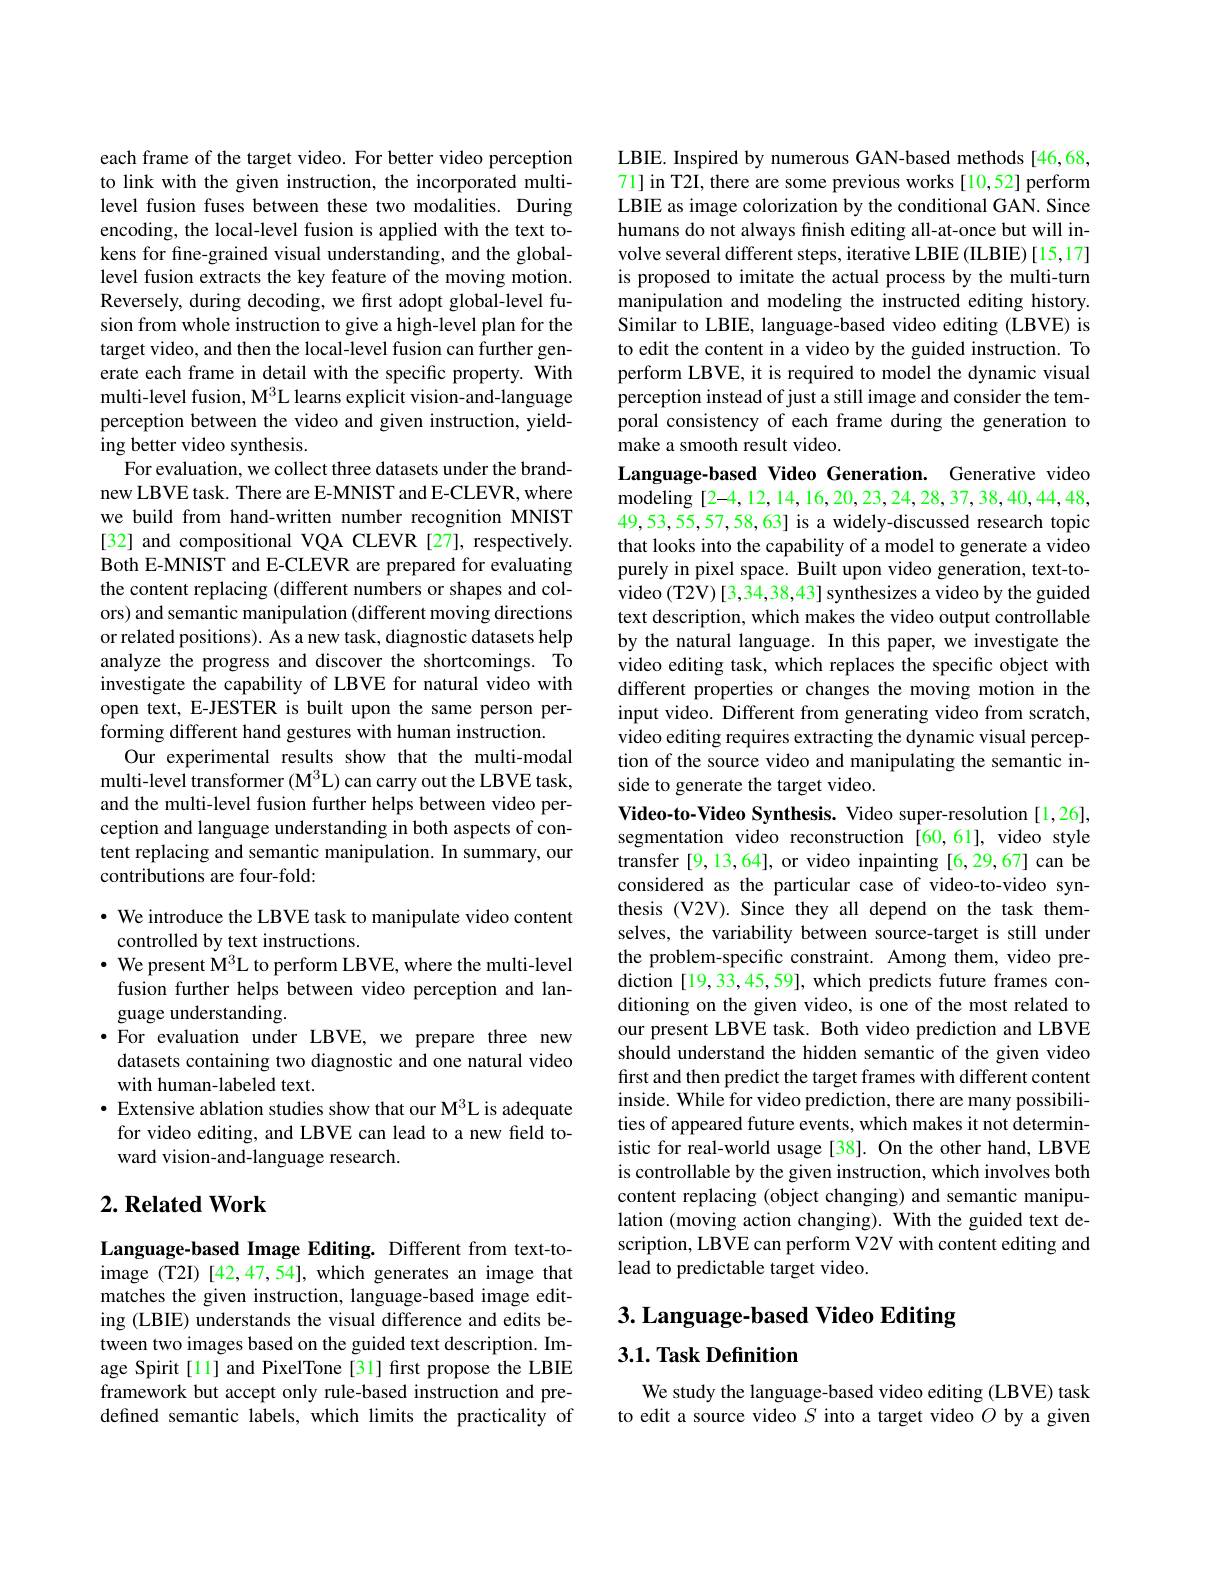
each frame of the target video. For better video perception to link with the given instruction, the incorporated multilevel fusion fuses between these two modalities. During encoding, the local-level fusion is applied with the text tokens for fine-grained visual understanding, and the globallevel fusion extracts the key feature of the moving motion. Reversely, during decoding, we first adopt global-level fusion from whole instruction to give a high-level plan for the target video, and then the local-level fusion can further generate each frame in detail with the specific property. With multi-level fusion, M$^3$L learns explicit vision-and-language perception between the video and given instruction, yielding better video synthesis.
For evaluation, we collect three datasets under the brandnew LBVE task. There are E-MNIST and E-CLEVR, where we build from hand-written number recognition MNIST [32] and compositional VQA CLEVR [27], respectively. Both E-MNIST and E-CLEVR are prepared for evaluating the content replacing (different numbers or shapes and colors) and semantic manipulation (different moving directions or related positions). As a new task, diagnostic datasets help analyze the progress and discover the shortcomings. To investigate the capability of LBVE for natural video with open text, E-JESTER is built upon the same person performing different hand gestures with human instruction.
Our experimental results show that the multi-modal multi-level transformer (M$^3$L) can carry out the LBVE task, and the multi-level fusion further helps between video perception and language understanding in both aspects of content replacing and semantic manipulation. In summary, our contributions are four-fold:

· We introduce the LBVE task to manipulate video content
controlled by text instructions.
$\cdot$ We present M$^3$L to perform LBVE, where the multi-level fusion further helps between video perception and language understanding.
$\bullet$ For evaluation under LBVE, we prepare three new datasets containing two diagnostic and one natural video with human-labeled text.
· Extensive ablation studies show that our M$^{3}$L is adequate for video editing, and LBVE can lead to a new field toward vision-and-language research.

## $2. \textbf{Related Work}$

Language-based Image Editing. Different from text-toimage (T2I) [42,47,54], which generates an image that matches the given instruction, language-based image editing (LBIE) understands the visual difference and edits between two images based on the guided text description. Image Spirit [11] and PixelTone [31] first propose the LBIE framework but accept only rule-based instruction and predefined semantic labels, which limits the practicality of

LBIE. Inspired by numerous GAN-based methods [46,68, 71] in T2I, there are some previous works[ 10,52] perform LBIE as image colorization by the conditional GAN. Since humans do not always finish editing all-at-once but will involve several different steps, iterative LBIE (ILBIE) [15,17] is proposed to imitate the actual process by the multi-turn manipulation and modeling the instructed editing history. Similar to LBIE, language-based video editing (LBVE) is to edit the content in a video by the guided instruction. To perform LBVE, it is required to model the dynamic visual perception instead of just a still image and consider the temporal consistency of each frame during the generation to make a smooth result video.

Language-based Video Generation. Generative video modeling[2-4,12,14,16,20,23,24,28,37,38,40,44,48, 49,53,55,57,58,63] is a widely-discussed research topic that looks into the capability of a model to generate a video purely in pixel space. Built upon video generation, text-tovideo (T2V) [3,34,38,43] synthesizes a video by the guided text description, which makes the video output controllable by the natural language. In this paper, we investigate the video editing task, which replaces the specific object with different properties or changes the moving motion in the input video. Different from generating video from scratch, video editing requires extracting the dynamic visual perception of the source video and manipulating the semantic inside to generate the target video.
Video-to-Video Synthesis. Video super-resolution[1,26], segmentation video reconstruction $\tilde{[60,61]}$, video style transfer[9,13,64], or video inpainting [6,29,67] can be considered as the particular case of video-to-video synthesis (V2V). Since they all depend on the task themselves, the variability between source-target is still under the problem-specific constraint. Among them, video prediction [19, 33, 45, 59], which predicts future frames conditioning on the given video, is one of the most related to our present LBVE task. Both video prediction and LBVE should understand the hidden semantic of the given video first and then predict the target frames with different content inside. While for video prediction, there are many possibilities of appeared future events, which makes it not deterministic for real-world usage [38]. On the other hand, LBVE is controllable by the given instruction, which involves both content replacing (object changing) and semantic manipulation (moving action changing). With the guided text description, LBVE can perform V2V with content editing and $\hat{\text{lead to predictable target video.}}$
3. Language-based Video Editing

## 3.1. Task Definition

We study the language-based video editing (LBVE) task to edit a source video $S$ into a target video $O$ by a given